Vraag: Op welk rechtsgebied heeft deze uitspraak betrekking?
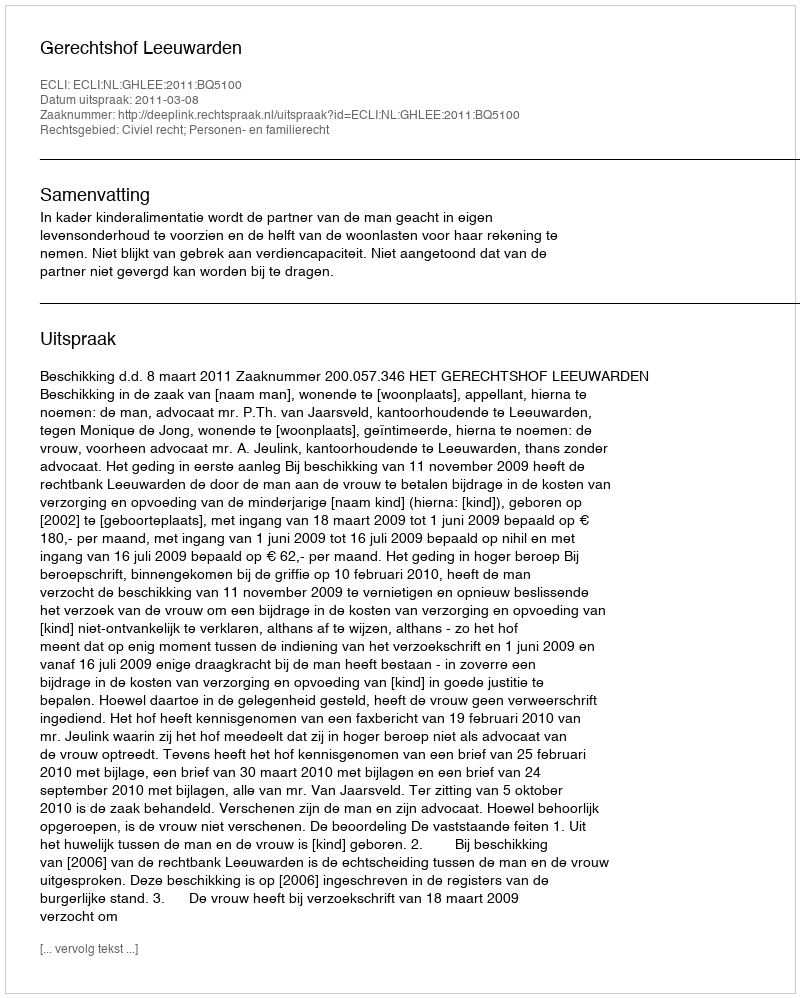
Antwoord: Civiel recht; Personen- en familierecht